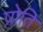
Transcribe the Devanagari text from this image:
प्रोति